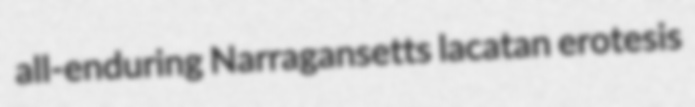
all-enduring Narragansetts lacatan erotesis